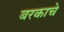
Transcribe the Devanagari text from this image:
बरकाचे